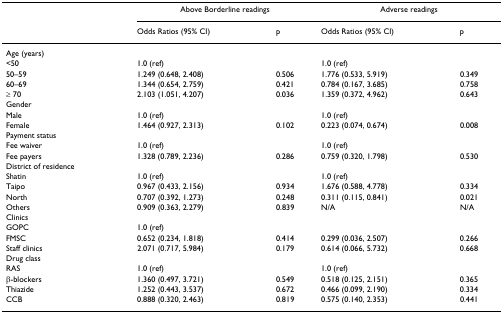
<table><thead><tr><td></td><td colspan="2"><b>Above Borderline readings</b></td><td colspan="2"><b>Adverse readings</b></td></tr><tr><td></td><td><b>Odds Ratios (95% CI)</b></td><td><b>p</b></td><td><b>Odds Ratios (95% CI)</b></td><td><b>p</b></td></tr></thead><tbody><tr><td>Age (years)</td><td></td><td></td><td></td><td></td></tr><tr><td>&lt;50</td><td>1.0 (ref)</td><td></td><td>1.0 (ref)</td><td></td></tr><tr><td>50–59</td><td>1.249 (0.648, 2.408)</td><td>0.506</td><td>1.776 (0.533, 5.919)</td><td>0.349</td></tr><tr><td>60–69</td><td>1.344 (0.654, 2.759)</td><td>0.421</td><td>0.784 (0.167, 3.685)</td><td>0.758</td></tr><tr><td>≥ 70</td><td>2.103 (1.051, 4.207)</td><td>0.036</td><td>1.359 (0.372, 4.962)</td><td>0.643</td></tr><tr><td>Gender</td><td></td><td></td><td></td><td></td></tr><tr><td>Male</td><td>1.0 (ref)</td><td></td><td>1.0 (ref)</td><td></td></tr><tr><td>Female</td><td>1.464 (0.927, 2.313)</td><td>0.102</td><td>0.223 (0.074, 0.674)</td><td>0.008</td></tr><tr><td>Payment status</td><td></td><td></td><td></td><td></td></tr><tr><td>Fee waiver</td><td>1.0 (ref)</td><td></td><td>1.0 (ref)</td><td></td></tr><tr><td>Fee payers</td><td>1.328 (0.789, 2.236)</td><td>0.286</td><td>0.759 (0.320, 1.798)</td><td>0.530</td></tr><tr><td>District of residence</td><td></td><td></td><td></td><td></td></tr><tr><td>Shatin</td><td>1.0 (ref)</td><td></td><td>1.0 (ref)</td><td></td></tr><tr><td>Taipo</td><td>0.967 (0.433, 2.156)</td><td>0.934</td><td>1.676 (0.588, 4.778)</td><td>0.334</td></tr><tr><td>North</td><td>0.707 (0.392, 1.273)</td><td>0.248</td><td>0.311 (0.115, 0.841)</td><td>0.021</td></tr><tr><td>Others</td><td>0.909 (0.363, 2.279)</td><td>0.839</td><td>N/A</td><td>N/A</td></tr><tr><td>Clinics</td><td></td><td></td><td></td><td></td></tr><tr><td>GOPC</td><td>1.0 (ref)</td><td></td><td></td><td></td></tr><tr><td>FMSC</td><td>0.652 (0.234, 1.818)</td><td>0.414</td><td>0.299 (0.036, 2.507)</td><td>0.266</td></tr><tr><td>Staff clinics</td><td>2.071 (0.717, 5.984)</td><td>0.179</td><td>0.614 (0.066, 5.732)</td><td>0.668</td></tr><tr><td>Drug class</td><td></td><td></td><td></td><td></td></tr><tr><td>RAS</td><td>1.0 (ref)</td><td></td><td>1.0 (ref)</td><td></td></tr><tr><td>β-blockers</td><td>1.360 (0.497, 3.721)</td><td>0.549</td><td>0.518 (0.125, 2.151)</td><td>0.365</td></tr><tr><td>Thiazide</td><td>1.252 (0.443, 3.537)</td><td>0.672</td><td>0.466 (0.099, 2.190)</td><td>0.334</td></tr><tr><td>CCB</td><td>0.888 (0.320, 2.463)</td><td>0.819</td><td>0.575 (0.140, 2.353)</td><td>0.441</td></tr></tbody></table>